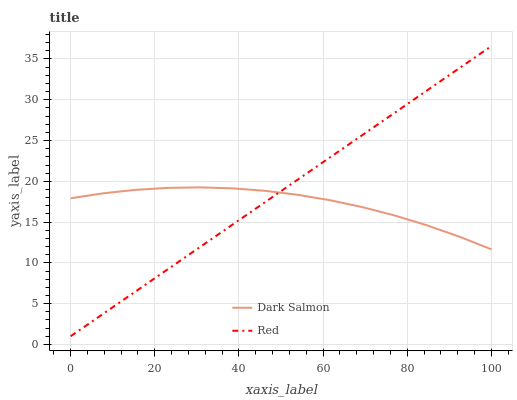
| xaxis_label | Dark Salmon | Red |
 | --- | --- | --- |
 | 0 | 17.9 | 1 |
 | 7.69 | 18.5 | 3.74 |
 | 15.4 | 19 | 6.48 |
 | 23.1 | 19.2 | 9.21 |
 | 30.8 | 19.3 | 12 |
 | 38.5 | 19.1 | 14.7 |
 | 46.2 | 18.8 | 17.4 |
 | 53.8 | 18.4 | 20.2 |
 | 61.5 | 17.7 | 22.9 |
 | 69.2 | 16.8 | 25.6 |
 | 76.9 | 15.8 | 28.4 |
 | 84.6 | 14.6 | 31.1 |
 | 92.3 | 13.2 | 33.9 |
 | 100 | 11.7 | 36.6 |